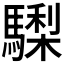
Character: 𩦀